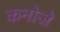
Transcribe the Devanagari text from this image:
कनोजे